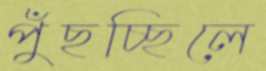
পুঁছচ্ছিলে